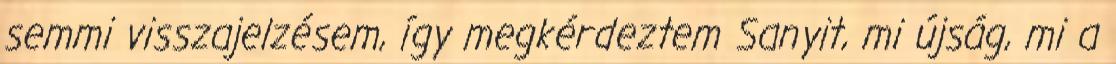
semmi vissza­jel­zésem, így megkérdeztem Sanyit, mi újság, mi a